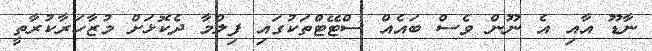
ނާޑޫ އާއި އެ ނޫން ވެސް ބައެއް ސްޓޭޓްތަކުގައި ފިލްމާ ދެކޮޅަށް މުޒާހަރާކުރާތީ